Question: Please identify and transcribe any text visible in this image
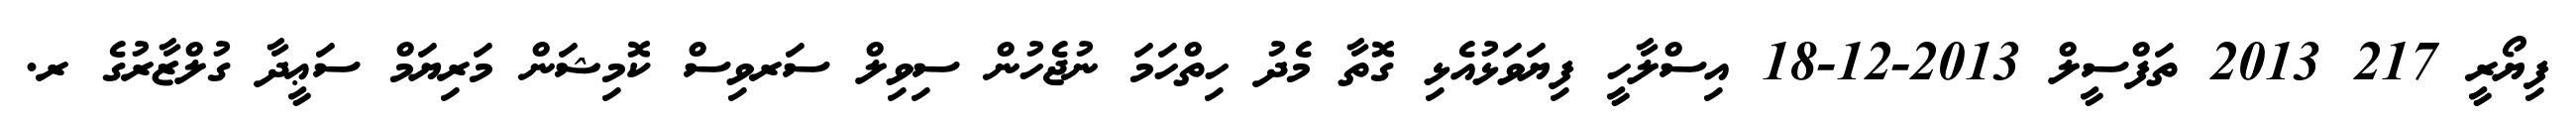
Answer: ފިޔޯރީ 217 2013 ތަފްސީލް 2013-12-18 އިސްލާހީ ފިޔަވަޅުއެޅި ގޮތާ މެދު ހިތްހަމަ ނުޖެހުން ސިވިލް ސަރވިސް ކޮމިޝަން މަރިޔަމް ސަޢީދާ ގުލްޒާރުގެ ރ.